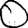
Digit: 0